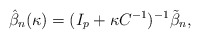
\begin{align*}\hat{\beta}_n(\kappa)= (I_p + \kappa C^{-1})^{-1}\tilde{\beta}_n,\end{align*}